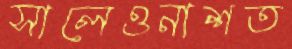
সালেওনাশত